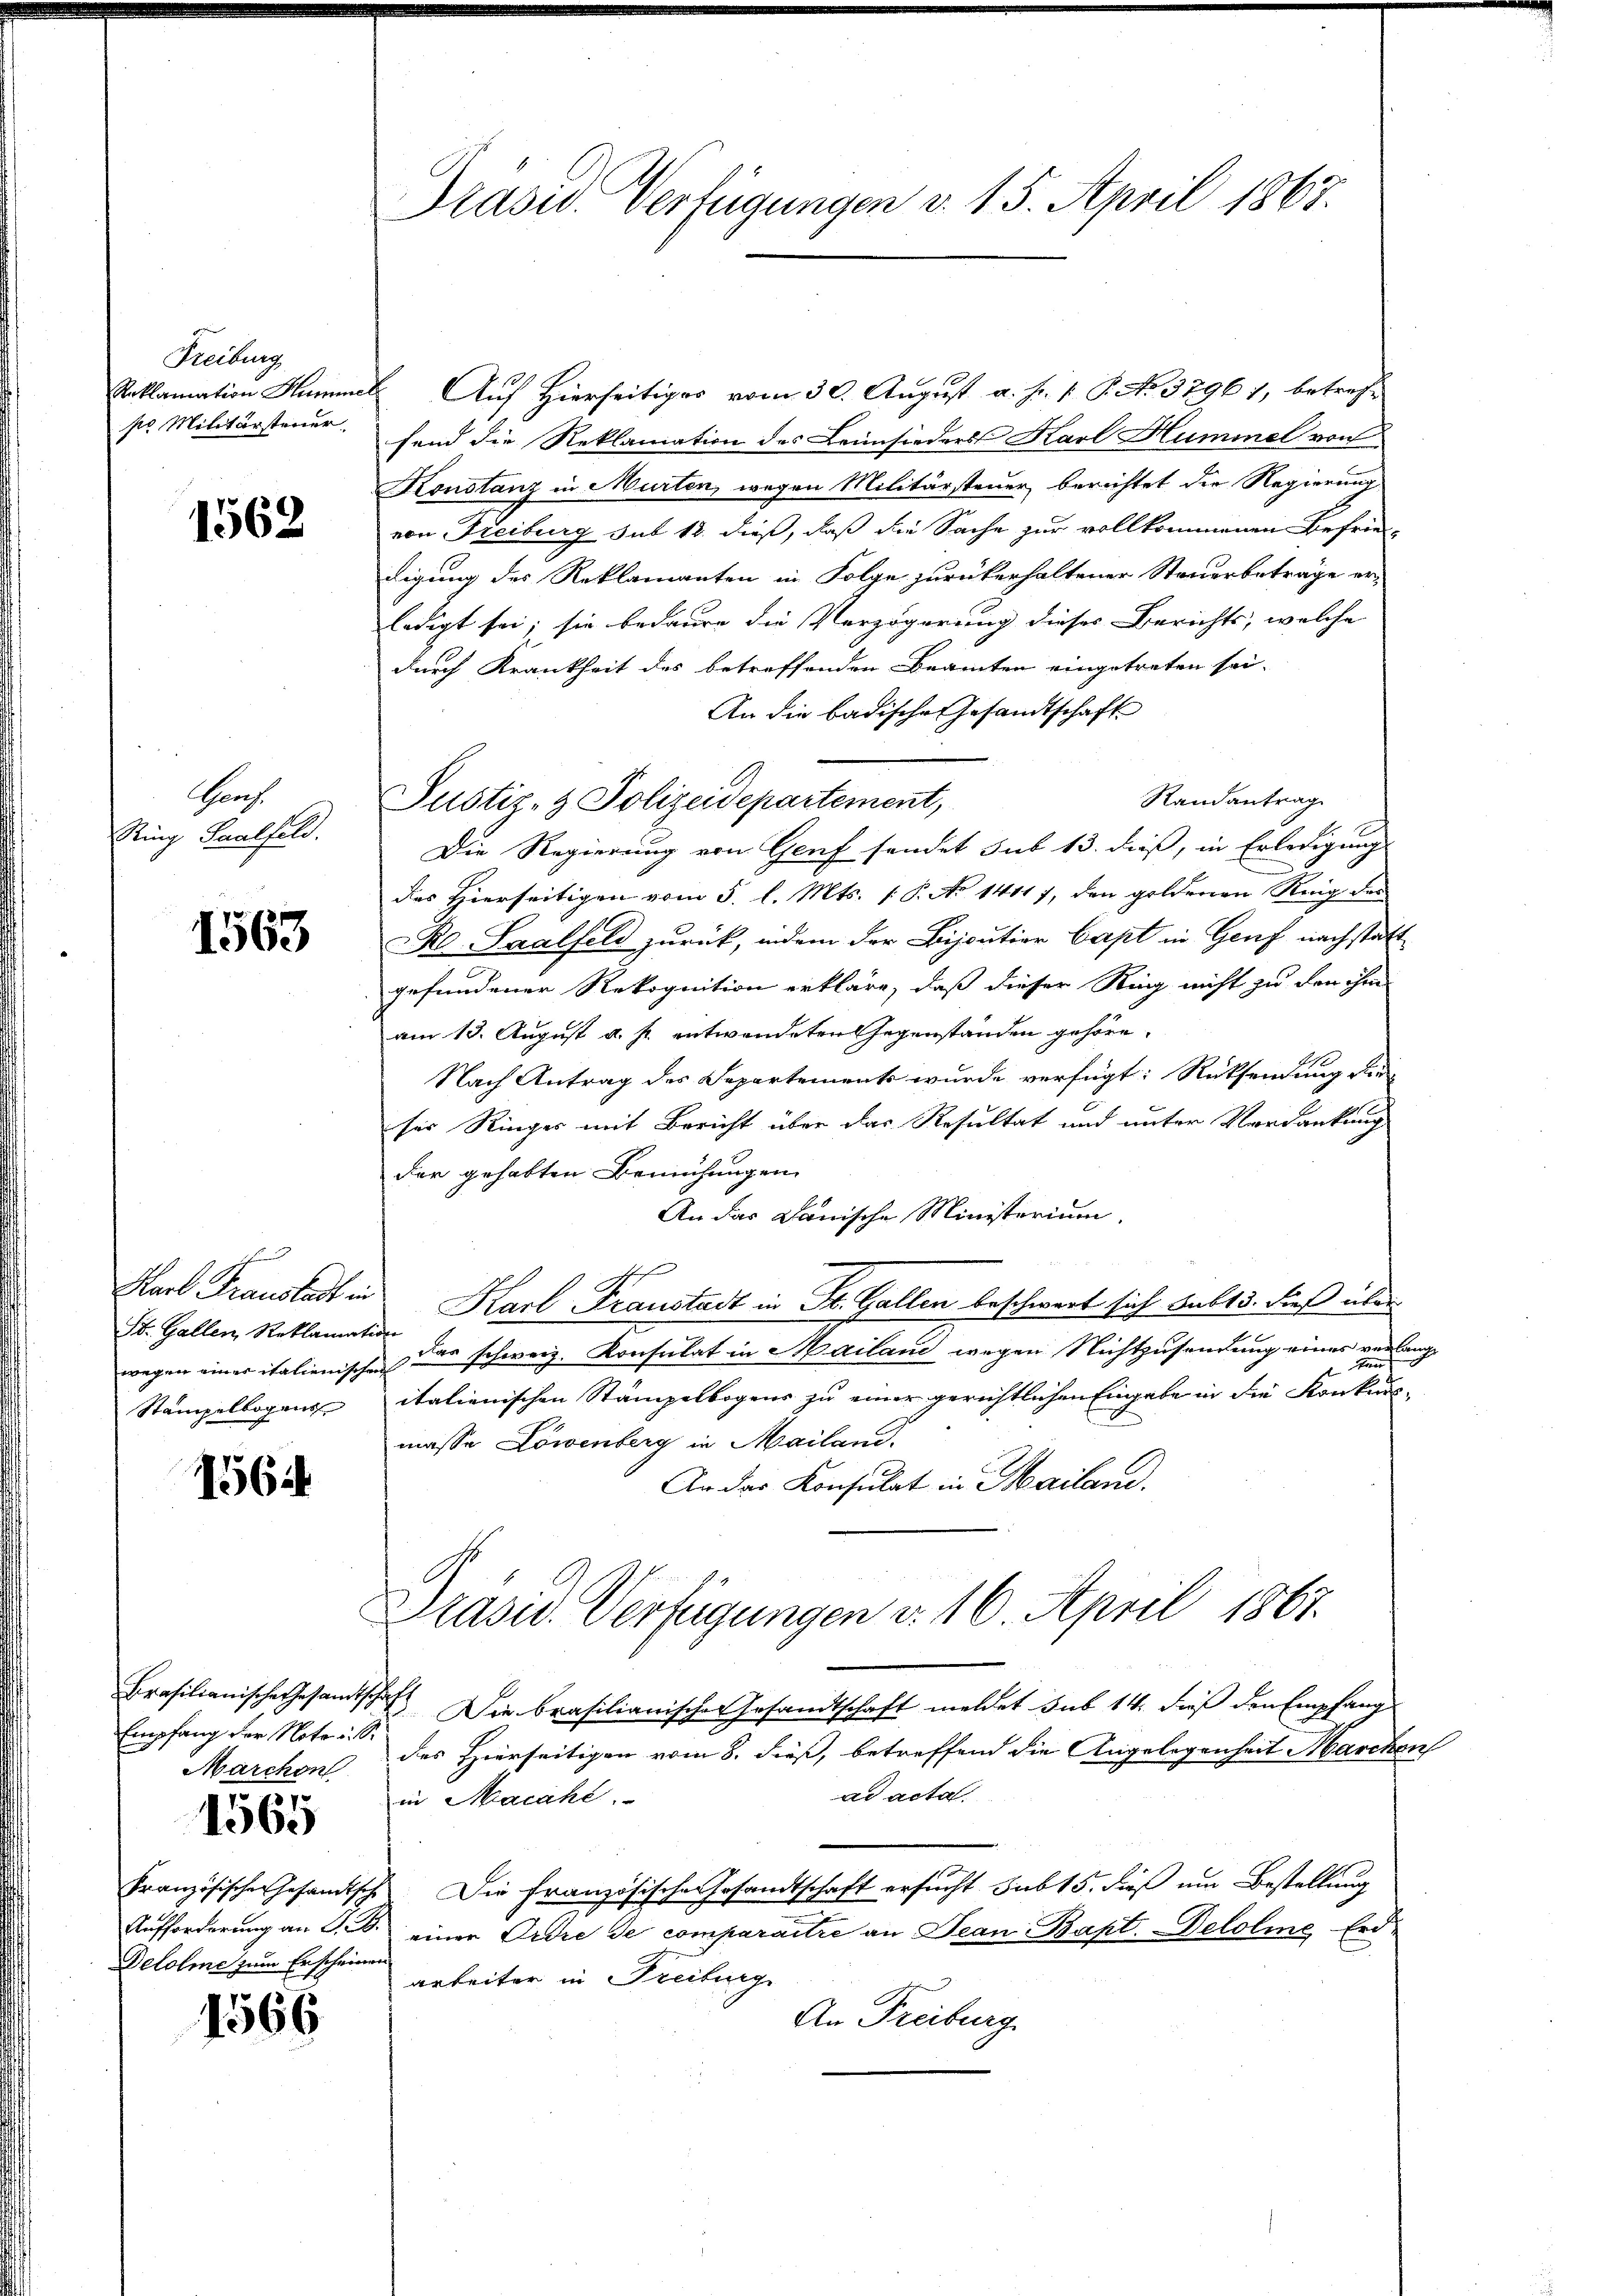
Freiburg
Reklamation Humme
so Militärsteuer.

1562

Grach.
Ring Saalfeld.

1563

St. Gallen, Reklamat
Stampelbogen

1564

Marchen

1565

Delolme zum Erscheinen

1566

Präsid. Verfügungen v. 15. April 1867.

Auf Hierseitiges vom 30. August a. p. 1 S. N. 3796 7, betreffend die Reklamation des Leimsieders Karl Hummel von
Konstanz in Murten, wegen Militärsteuer berichtet die Regierung
von Freiburg sub 12. dieß, daß die Sache zur vollkommenen Befrie
digung des Reklamanten in Folge zurükerhaltener Steuerbeträge er-
ledigt sei; sie bedaure die Verzögerung dieses Berichts, welche |
durch Krankheit des betreffenden Beamten eingetreten sei.
An die badische Gesandtschaft
Randantrag
Die Regierung von Genf sendet sub 13. dieß, in Erledigung
des Hierseitigen vom 5. l. Mts. (T. No 14117, den goldenen Reig des
Ro Saalfeld zurück, indem der Bijoutier Capt in Genf nach statt
gefundener Rekognition erkläre, daß dieser Ring nicht zu den ihm
am 13. August a. p. entwendeten Gegenständen gehöre.
Nach Antrag des Separtements wurde verfügt: Rücksendung de
ser Ringer mit Bericht über das Resultat und unter Verdankung
der gehabten Bemühungen
An das Danische Ministerium.
Karl Franstadt in Karl Franstadt in St. Gallen beschwert sich Sub 15. dieß über
f
wegen einer italienischen das schweiz. Konsulat in Mailand wegen Nichtzusendung eines verlangitalienischen Stämpelbogens zu einer gerichtlichen Eingabe in die Konkurs-
masse Löwenberg in Mailand.
An das Konsulat in Mailand.
Präsid. Verfügungen d. 16. April 1867.
Brasilianische Gesandtschaft Die brasilianischer Gesandtschaft meldet sub 14. dieß den Empfang
Empfang der Notor des Hierseitigen vom 8. dieß, betreffend die Angelegenheit Marcken
ad acta.
in Macahe.
Französischer Gesandtsche Die Französische Gesandtschaft ersucht sub 15. dieß um Bestellung
Aufforderung an S. B. einer Ordre de comparaitre an Jean Bapt. Belolme Erdarbeiter in Freiburg
An Freiburg.

Justiz- & Polizeidepartement,